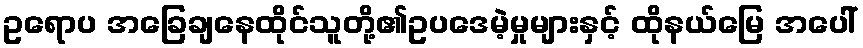
ဥရောပ အခြေချနေထိုင်သူတို့၏ဥပဒေမဲ့မှုများနှင့် ထိုနယ်မြေ အပေါ်